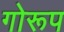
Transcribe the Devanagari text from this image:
गोरूप